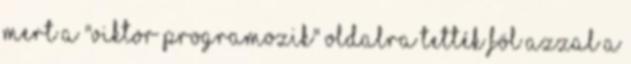
mert a "Viktor programozik" oldalra tették föl azzal a